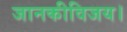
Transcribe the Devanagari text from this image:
जानकीविजय।